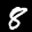
Label: 8